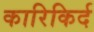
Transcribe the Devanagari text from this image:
कारिकिर्द